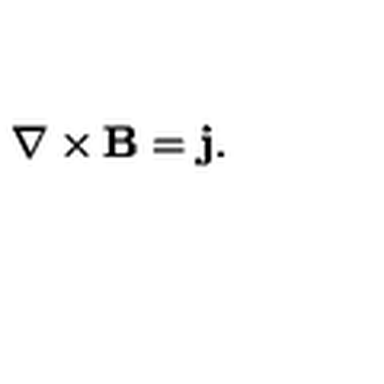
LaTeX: { \bf \nabla } \times { \bf B } = { \bf j } .